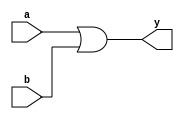
module or_gate(
	input wire a,
	input wire b,
	output wire y
);
assign y=a|b;
endmodule